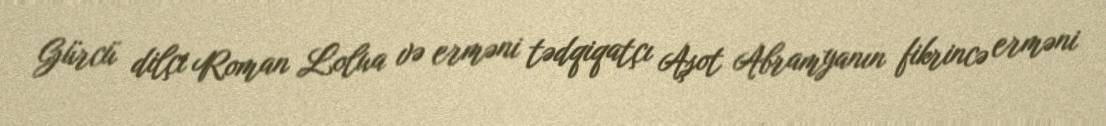
Gürcü dilçi Roman Lolua və erməni tədqiqatçı Aşot Abramyanın fikrincə erməni